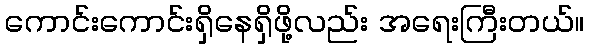
ကောင်းကောင်းရှိနေရှိဖို့လည်း အရေးကြီးတယ်။